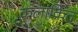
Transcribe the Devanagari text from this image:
कलांक्रित